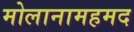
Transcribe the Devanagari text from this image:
मोलानामहमद